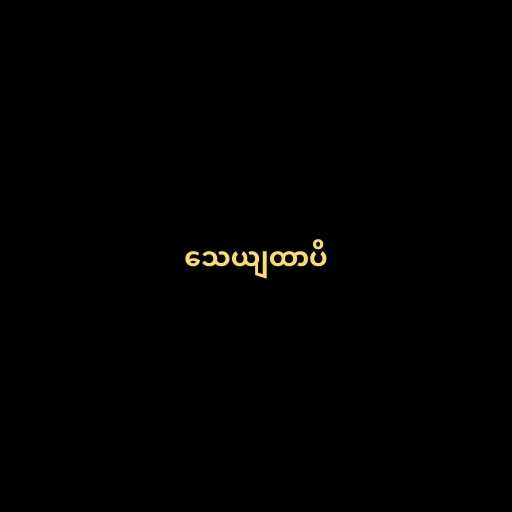
သေယျထာပိ